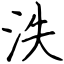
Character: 泆